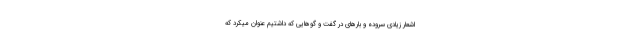
اشعار زیادی سروده و بارهای در گفت و گوهایی که داشتیم عنوان میکرد که